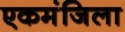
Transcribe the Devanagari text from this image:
एकमंजिला